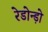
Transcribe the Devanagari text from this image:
रेडोन्ड़ो